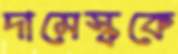
দামেস্ককে